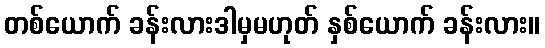
တစ်ယောက် ခန်းလားဒါမှမဟုတ် နှစ်ယောက် ခန်းလား။